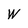
Character: W